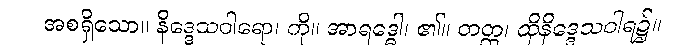
အစရှိသော။ နိဒ္ဒေသဝါရော၊ ကို။ အာရဒ္ဓေါ၊ ၏။ တတ္ထ၊ ထိုနိဒ္ဒေသဝါရ၌။